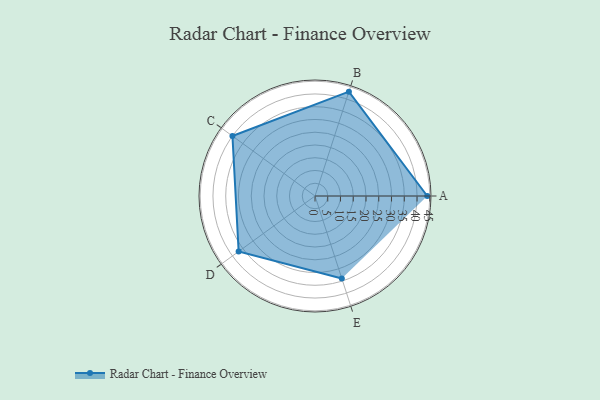
{"axis": {"x": "Skill", "y": "Score"}, "legend": ["Profile"], "data": [{"x": "A", "y": 44.0, "type": "Profile"}, {"x": "B", "y": 43.0, "type": "Profile"}, {"x": "C", "y": 40.0, "type": "Profile"}, {"x": "D", "y": 37.0, "type": "Profile"}, {"x": "E", "y": 34.0, "type": "Profile"}]}